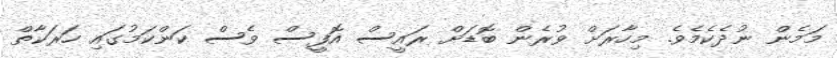
މަމެން ނުދެކެމެވެ. މިހާރަށް ވުރެން ބޮޑަށް ރައީސް އޮފީސް ވެސް ކަންކަމުގައި ހަރަކާތް